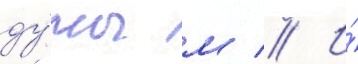
ду́мы м // И́